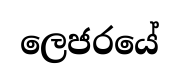
ලෙජරයේ